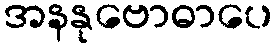
အနနုဗောဓာပေ